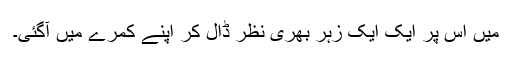
میں اس پر ایک ایک زہر بھری نظر ڈال کر اپنے کمرے میں آگئی۔